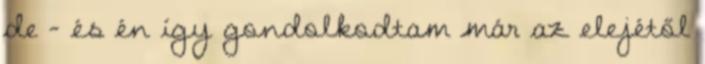
de – és én így gondolkodtam már az elejétől